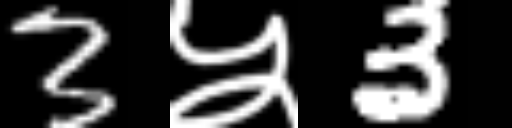
Text: 3५3